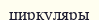
циркуляры